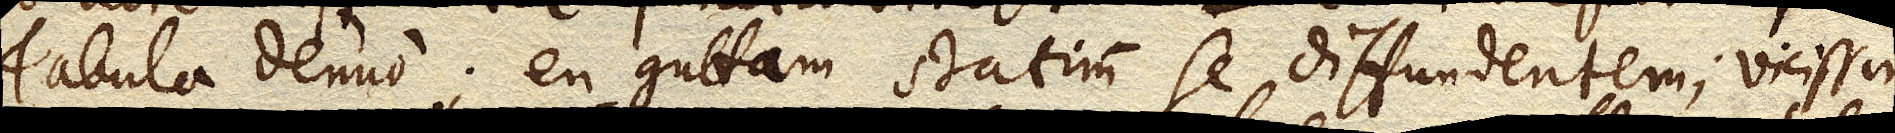
Tabula denuo; en guttam statim se diffundentem; vicissim